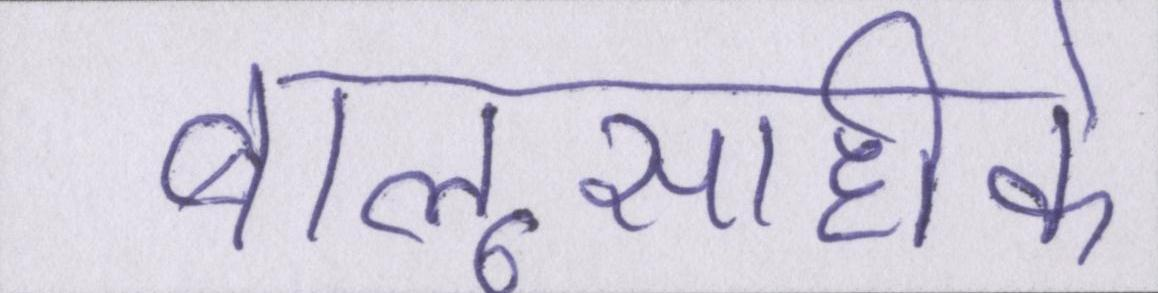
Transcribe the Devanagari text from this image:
बालूसाहीके